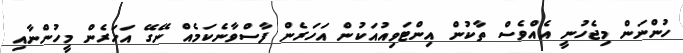
ހުންނަން މިޖެހުނީ އެއްވެސް ތާކުން އިންޓަވިއުއަކުން އަހަރެން ފާސްވާނެކަމެއް ނޭގޭ އަހަރެން މީހުންނާއި